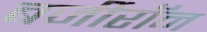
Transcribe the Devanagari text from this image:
बर्जीरॉन